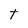
Character: t